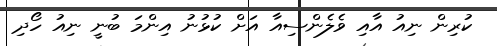
ކުރިން ނިއު އާއި ވެލެންސިއާ އަށް ކުޅުނު އިންމަ ބުނީ ނިއު ހޯދި